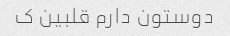
دوستون دارم قلبین ک